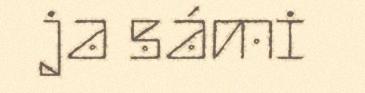
ja sámi